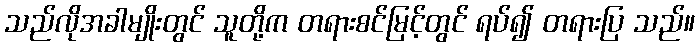
သည်လိုအခါမျိုးတွင် သူတို့က တရားစင်မြင့်တွင် ရပ်၍ တရားပြ သည်။